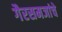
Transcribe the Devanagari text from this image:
गैरसमजांचे